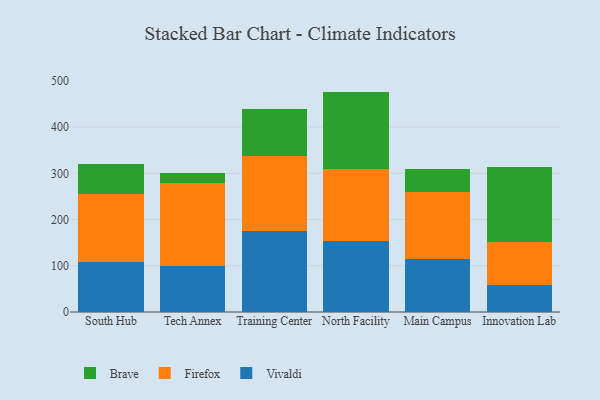
{"axis": {"x": "Campus", "y": "Customer Acquisition Cost (USD)"}, "legend": ["Brave", "Firefox", "Vivaldi"], "data": [{"x": "South Hub", "y": 108.8, "type": "Vivaldi"}, {"x": "South Hub", "y": 145.9, "type": "Firefox"}, {"x": "South Hub", "y": 64.6, "type": "Brave"}, {"x": "Tech Annex", "y": 99.4, "type": "Vivaldi"}, {"x": "Tech Annex", "y": 178.6, "type": "Firefox"}, {"x": "Tech Annex", "y": 23.0, "type": "Brave"}, {"x": "Training Center", "y": 175.0, "type": "Vivaldi"}, {"x": "Training Center", "y": 162.2, "type": "Firefox"}, {"x": "Training Center", "y": 100.9, "type": "Brave"}, {"x": "North Facility", "y": 153.4, "type": "Vivaldi"}, {"x": "North Facility", "y": 155.6, "type": "Firefox"}, {"x": "North Facility", "y": 167.7, "type": "Brave"}, {"x": "Main Campus", "y": 114.9, "type": "Vivaldi"}, {"x": "Main Campus", "y": 145.4, "type": "Firefox"}, {"x": "Main Campus", "y": 49.7, "type": "Brave"}, {"x": "Innovation Lab", "y": 58.0, "type": "Vivaldi"}, {"x": "Innovation Lab", "y": 94.4, "type": "Firefox"}, {"x": "Innovation Lab", "y": 160.3, "type": "Brave"}]}